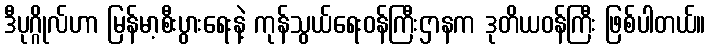
ဒီပုဂ္ဂိုလ်ဟာ မြန်မာ့စီးပွားရေးနဲ့ ကုန်သွယ်ရေးဝန်ကြီးဌာနက ဒုတိယဝန်ကြီး ဖြစ်ပါတယ်။